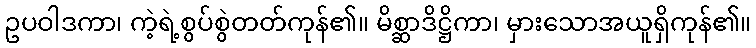
ဥပဝါဒကာ၊ ကဲ့ရဲ့စွပ်စွဲတတ်ကုန်၏။ မိစ္ဆာဒိဋ္ဌိကာ၊ မှားသောအယူရှိကုန်၏။